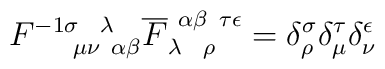
F^{-1 \sigma ~~\lambda}_{~~~~\mu \nu ~\alpha \beta}\overline F_{\lambda~~\rho}^{~\alpha \beta ~ \tau \epsilon} =\delta^\sigma_\rho \delta^\tau_\mu \delta^\epsilon_\nu